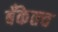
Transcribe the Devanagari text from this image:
बँकेतच